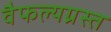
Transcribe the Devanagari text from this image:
वैफल्यग्रस्त